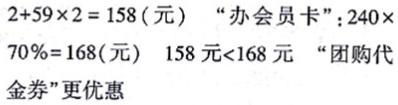
$2 + 59\times2 = 158(\text{元})$  “办会员卡”：$240\times70\% = 168(\text{元})$  $158\text{元}<168\text{元}$ “团购代金券”更优惠